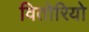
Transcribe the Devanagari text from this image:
वितोरियो